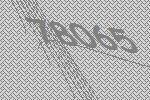
78065